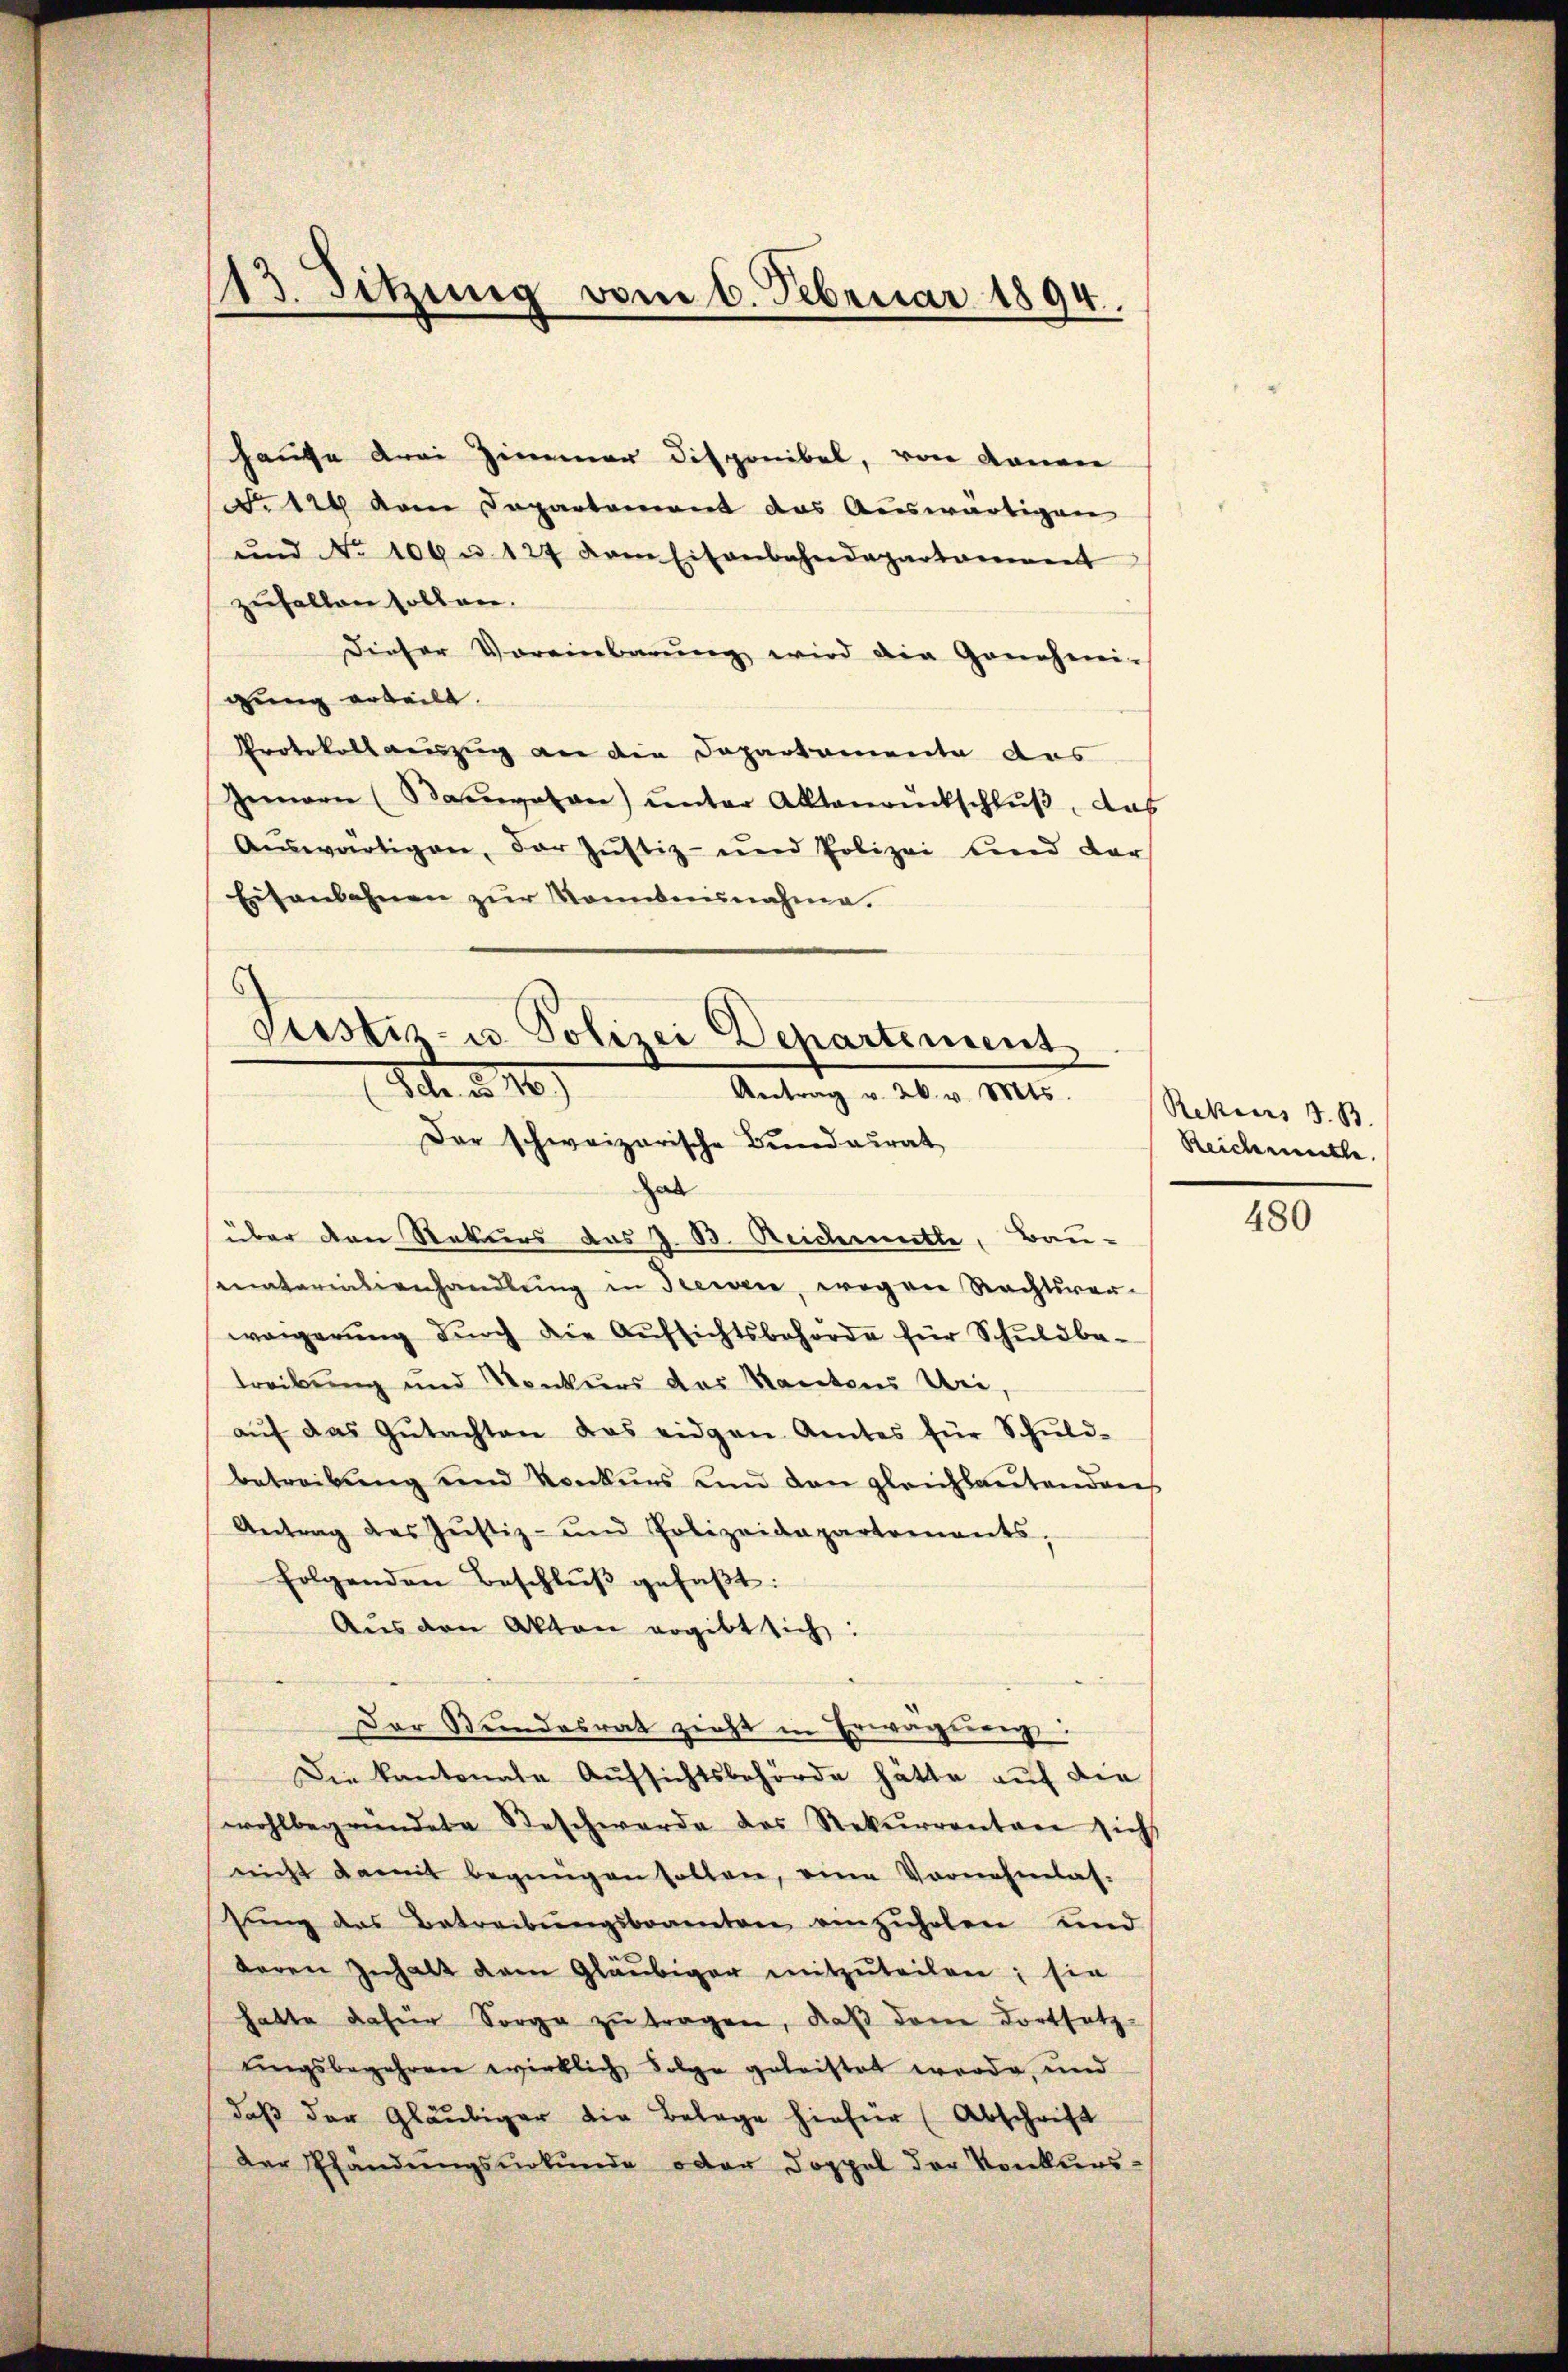
113. Sitzung vom 6. Februar 1894.

hause drei Zimmer Disponibel, von denen
N. 129 vom Departement das Auswärtigen
und No 106 u. 127 dem Eisenbahndepartament
zufallen sollen.
Dieser Voreinbarung wird die Genehmi-
gung erteilt.
Protokollauszug an die Dapartemente des
Gemar (Bangetan unter Aktenanntschluß, das
Aŭswärtigen, der Justiz- und Polizei und dar
Eisenbahnen zŭr Kommunahme.

Justiz- u. Polizei Departement
10. d. 10
Antrag v. 26. v. Mts.
Der schweizerische Bundesrat
hal

über den Rekurs das z. B. Reichmitte, Bau-
seunterialienhandlung in Seewen, wegen Rechtsver-
wagerŭng dŭrch die Aŭfsichtsbehörde für Schŭldba-
treibung und Konkurs des Kantons Uri
aŭf das Gŭtachten das eidgen Amtes für Schŭld-
betreibung und Konkurs und den gleichbautendans
Antrag des Jŭstiz- und Polizeidepartennants,
folgenden Beschlŭβ gefaβt:
Aus den Akten ergibt sich:
Der Stundesrat zieht in Erwägung:
Die Kantonale Aŭfsichtsbehörde hätte aŭf die
wohlbegründete Beschwerde des Rekŭrrenten sich
nicht damit begnügen sollen, eine Vornehmlas-
sŭng das Betreibŭngsbeamten einzŭholen und
baren Inhalt dem Gläubiger mitzŭteilen; sie
hatte dafür Sorge zŭ tragen, daß dem dortsetz-
tingsbegehren wirklich Folge geleistet werde, und
daβ der Gläubiger die Belage hiefür (Abschrift
Der Pfandŭngsŭrkŭnde oder Doppel der Konkurs-

Rekurs d. B.
Reichmette.

480